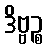
ဒိဗ္ဗဉ္စ